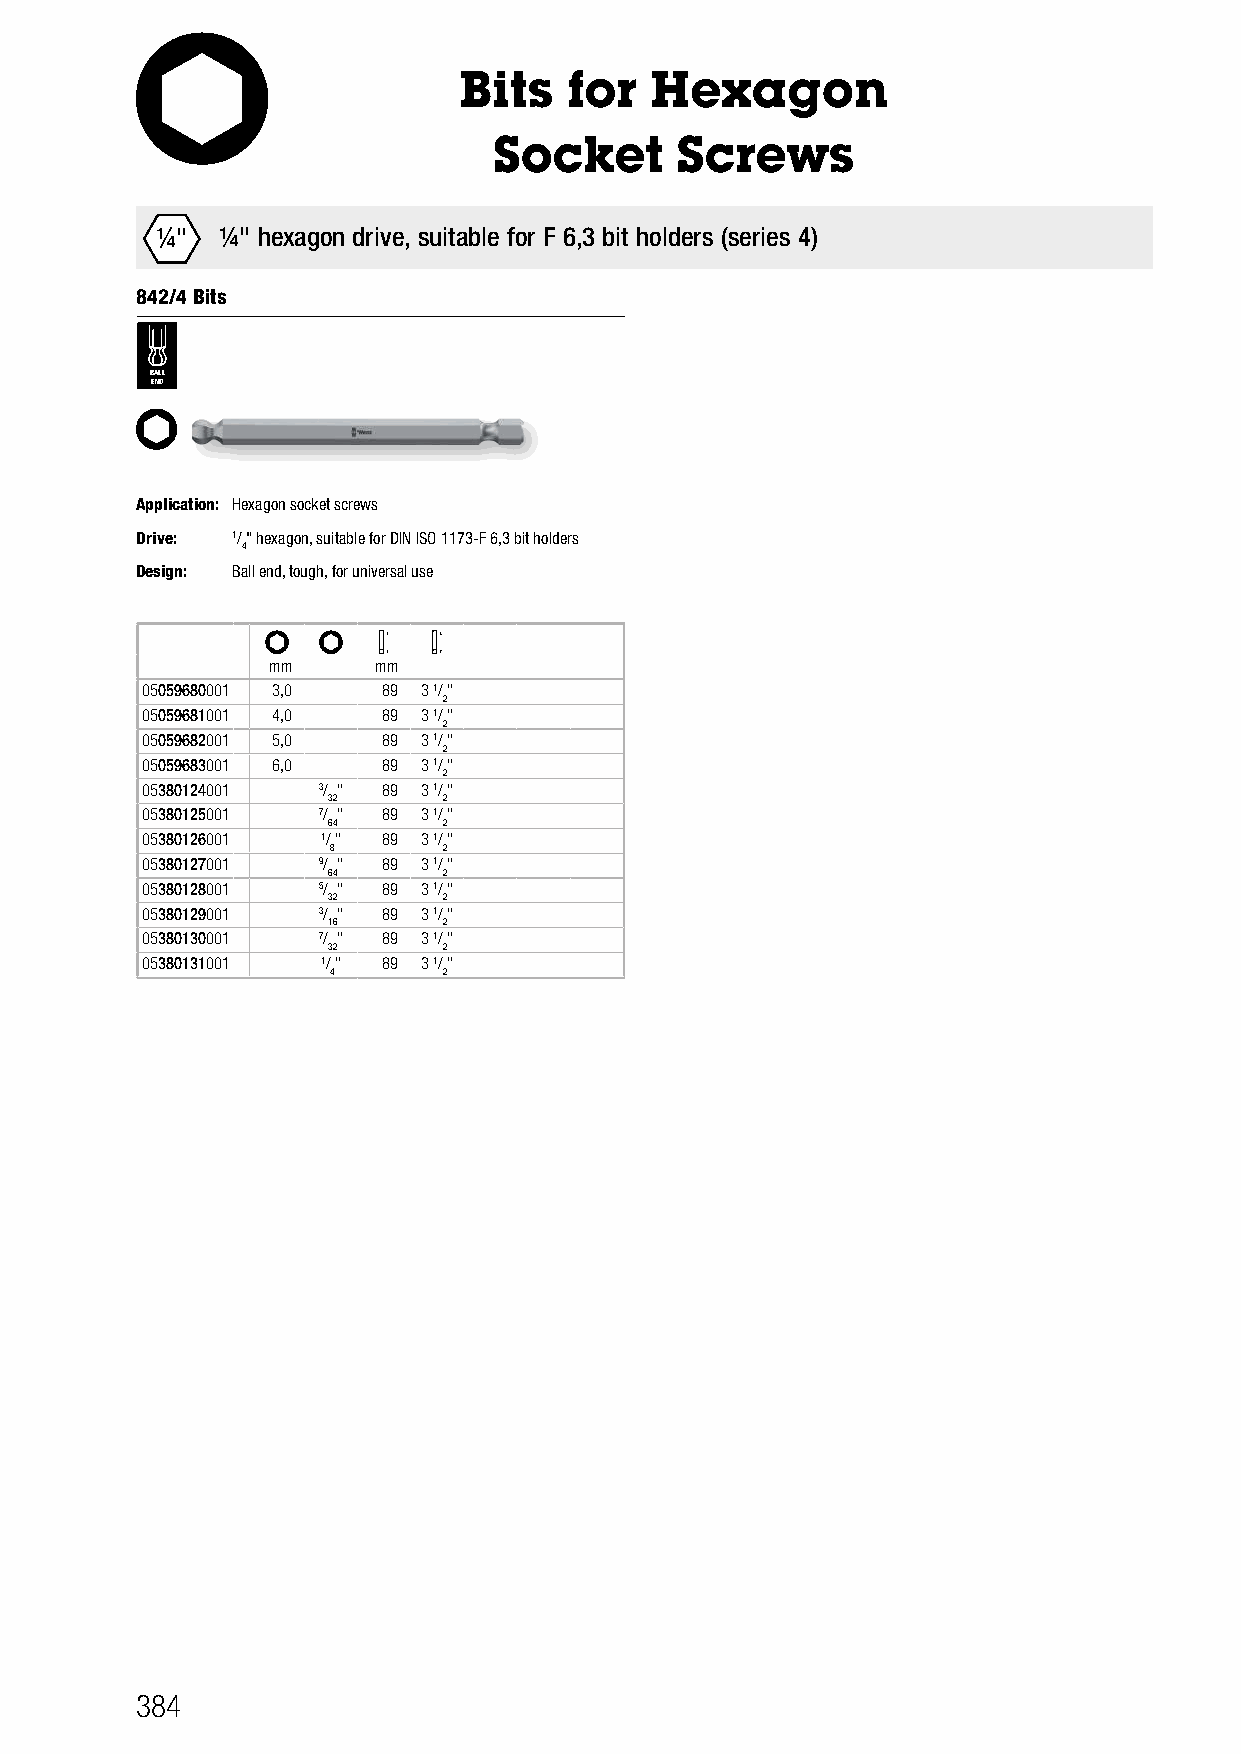
Bits   for   Hexagon
 Socket      Screws
 ¼"   ¼" hexagon drive, suitable for F 6,3 bit holders (series 4)
 842/4 Bits
 BALL
 END
 Application: Hexagon socket screws
 Drive: 1/" hexagon, suitable for DIN ISO 1173-F 6,3 bit holders
 4
 Design: Ball end, tough, for universal use
 mm     mm
 05059680001 3,0 89 3 1/"
 2
 05059681001 4,0 89 3 1/"
 2
 05059682001 5,0 89 3 1/"
 2
 05059683001 6,0 89 3 1/"
 2
 05380124001 3/ " 89 3 1/"
 32     2
 05380125001 7/ " 89 3 1/"
 64     2
 05380126001 1/" 89 3 1/"
 8      2
 05380127001 9/ " 89 3 1/"
 64     2
 05380128001 5/ " 89 3 1/"
 32     2
 05380129001 3/ " 89 3 1/"
 16     2
 05380130001 7/ " 89 3 1/"
 32     2
 05380131001 1/" 89 3 1/"
 4      2
 384